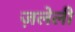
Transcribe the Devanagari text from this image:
ज़लेली